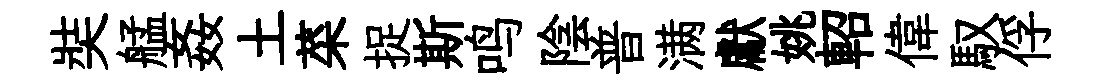
奘艋姦土菜捉斯鸣陰普满獻姚軺偉馭俘